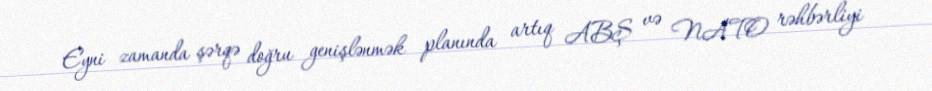
Eyni zamanda şərqə doğru genişlənmək planında artıq ABŞ və NATO rəhbərliyi